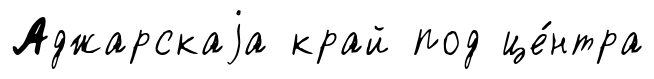
Аджарскаjа край под це́нтра